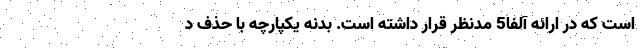
است که در ارائه آلفا5 مدنظر قرار داشته است. بدنه یکپارچه با حذف د